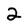
Character: 2